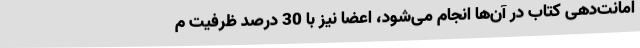
امانت‌دهی کتاب در آن‌ها انجام می‌شود، اعضا نیز با 30 درصد ظرفیت م